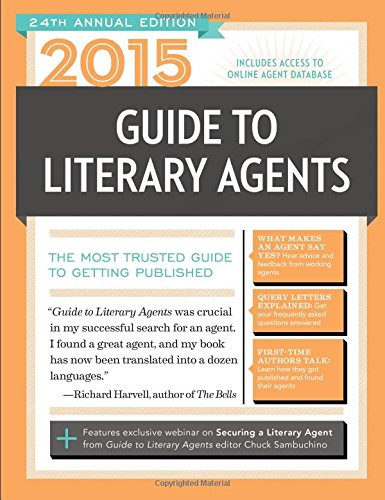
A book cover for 2015 Guide to Literary Agents: The Most Trusted Guide to Getting Published; Reference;